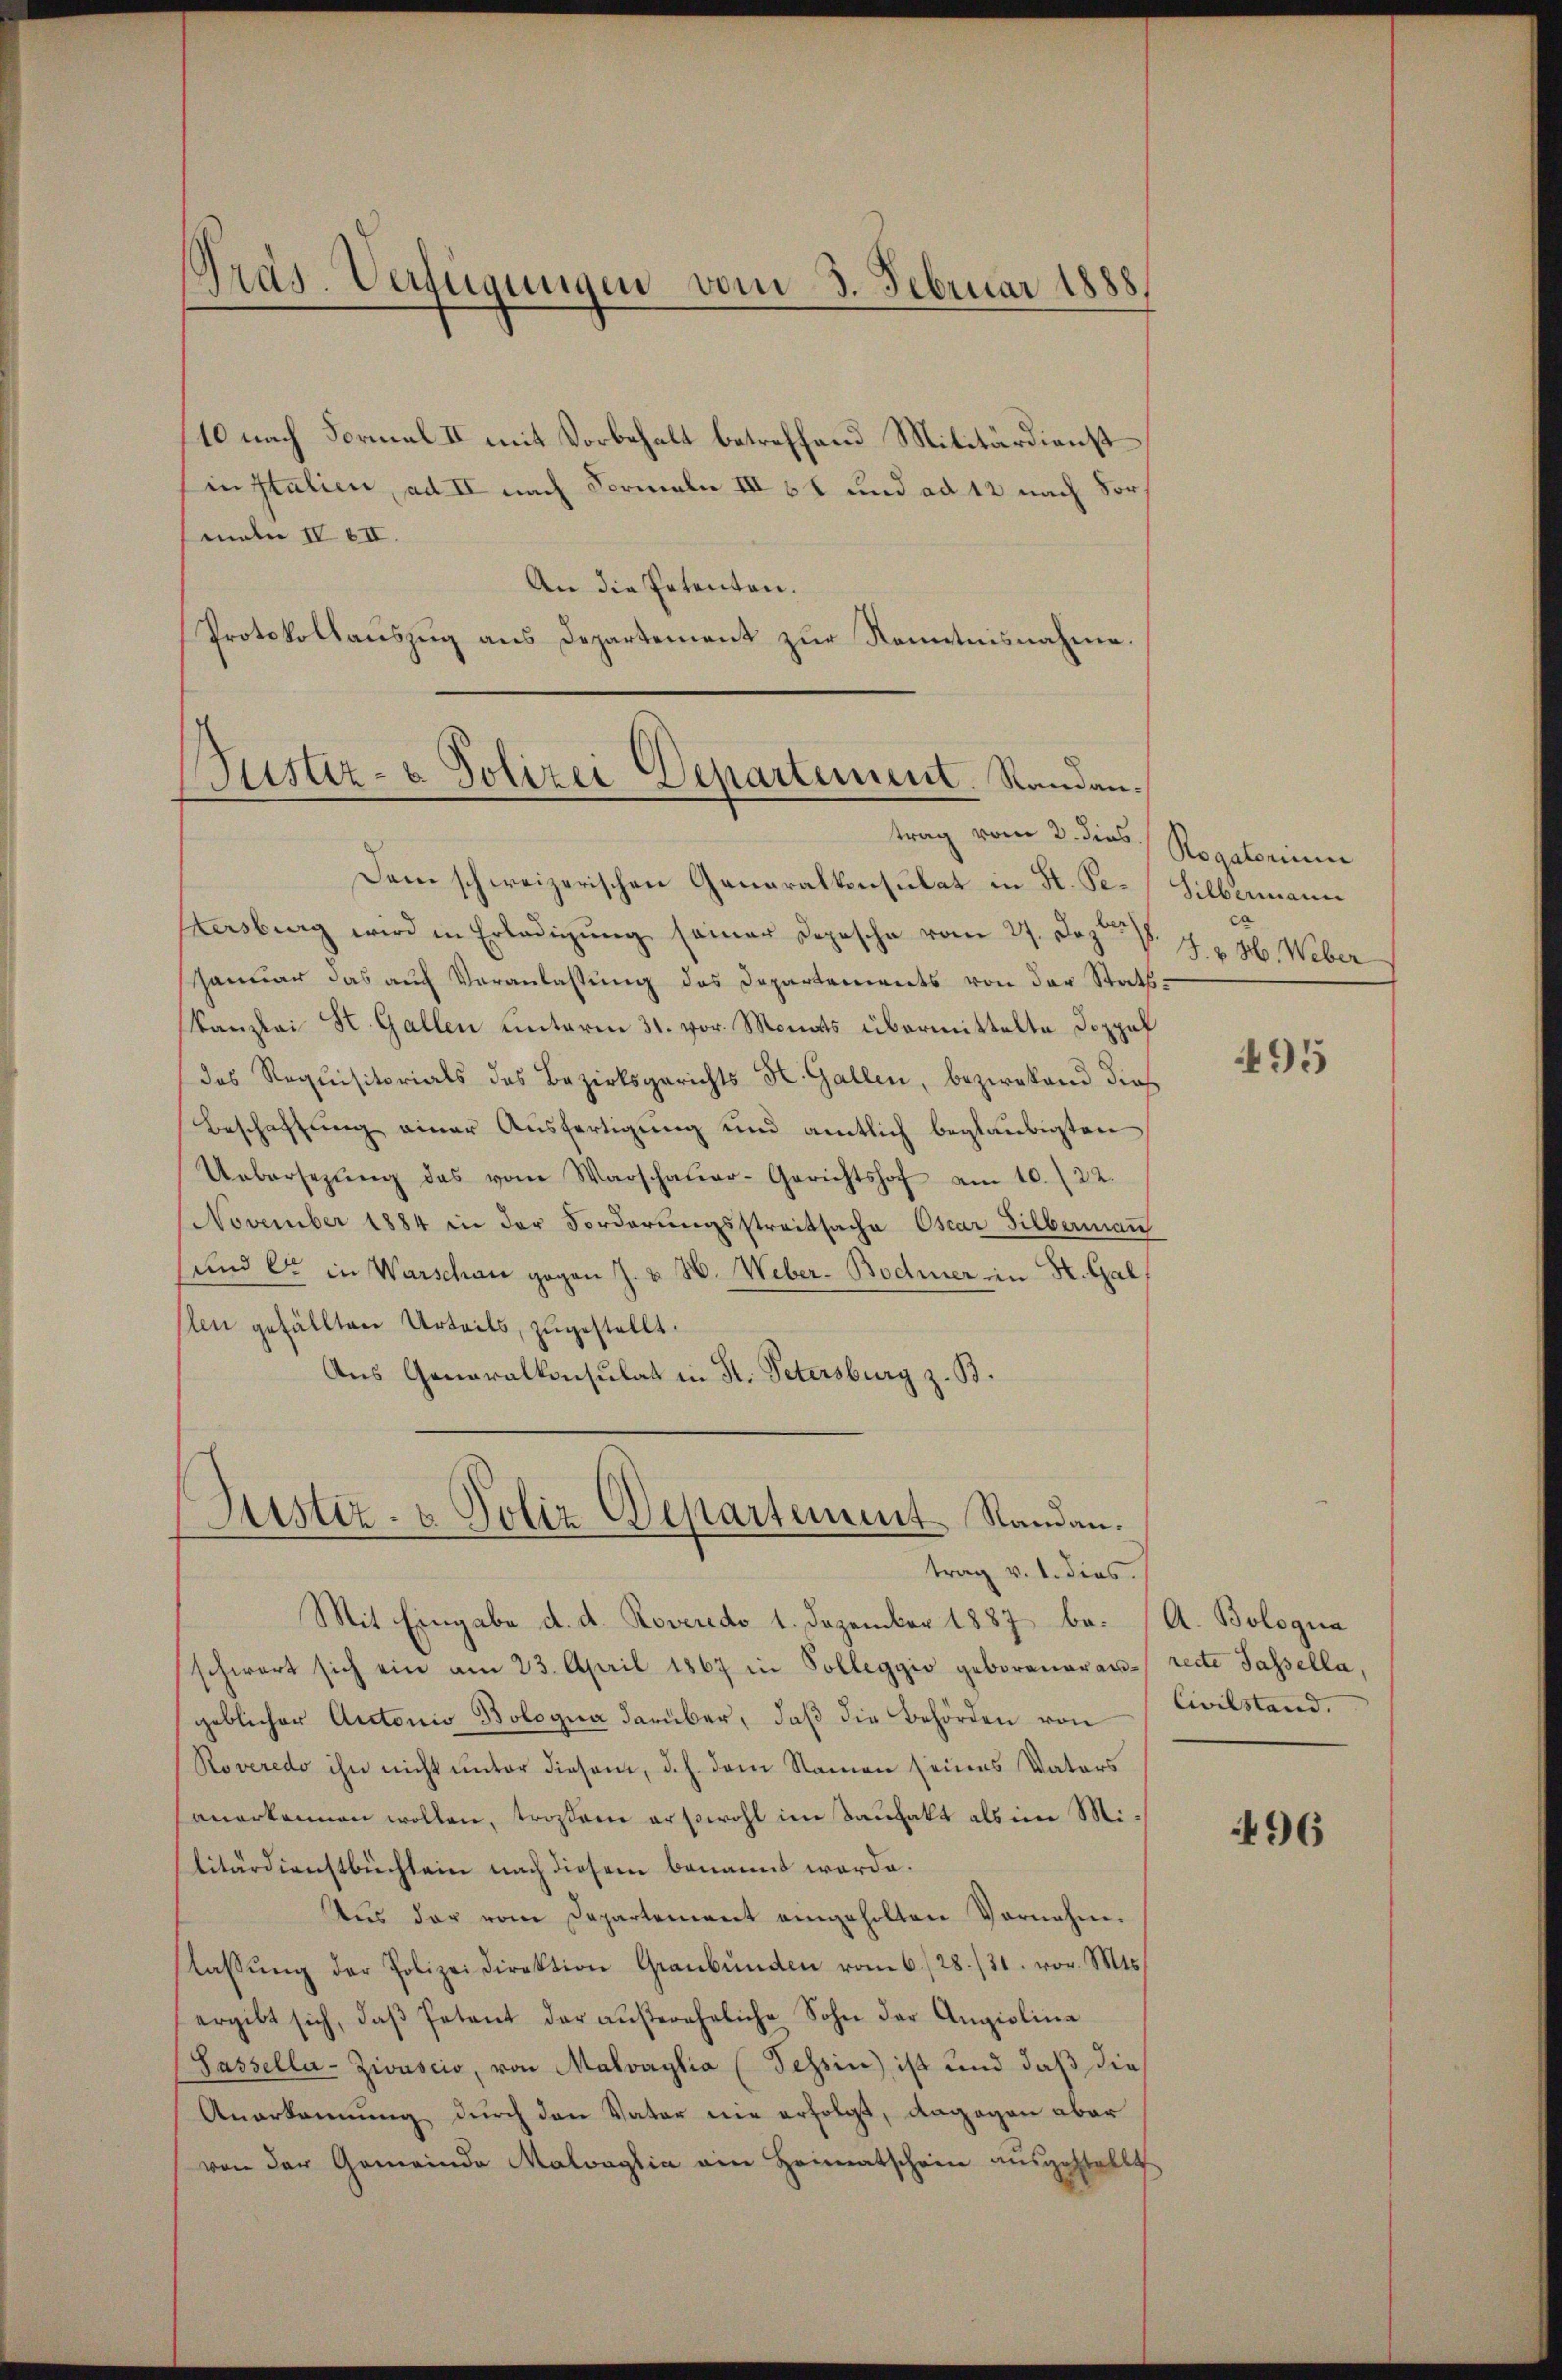
Präs. Verfügungen vom 3. Februar 1888.

10 nach Formal II mit Vorbehalt betreffend Militärdienst
in Italien, ad II nach Formale III 61 und ad 12 nach Vormaln IV EII.
An die Petenten.
Protokollauszug aus Departement zur Kenntnisnahme.

Bustiz- & Polizei Departement. Randan¬

Justiz- & Poliz Departement Randau.
trag v. 1. dies
Mit Eingabe d. d. Roveredo 1. Dezember 1887 be- (A. Bologna

Dem schweizerischen Generalkonsulat in H. Pe-Silbermann
tersburg wird in Erledigŭng seiner Depesche vom 27. Jezt §. 7. v. H. Weber
Januar das aŭf Veranlassŭng des Departements von der Statt-
kanzlei St. Gallen hinterm 31. vor. Monats übermittelte Doppel
das Requisitorials des Bezirksgerichts St. Gallen, bezwekend dies
Beschaftung einer Ausfertigung und amtlich beglaubigten
Uebersezŭng das vom Warschaŭer-Gerichtshof am 10. 22.
November 1884 in der Forderŭngsstreitsache Oscar Silbermann
sund er in Warschau gegen J. v. W. Weber-Bodmer in H. Gal
len gefällten Urteils, zugestellt.
Aus Generalkonsulat in St. Petersburg z. B.

trag vom 2. dies Rogatorium

schwert sich ein am 23. April 1867 in Solleggio geboreneran recte Tassella,
geblicher Autonio Bologna darüber, daβ die Behörden von
Roveredo ihn nicht unter diesem, d. h. dem Namen seines Vaters
anerkennen wollen, trosame er sowohl im Taufakt als im Militärdienstbuchtein nach diesem benannt werde.
Aus der vom Departement eingeholten Vornahm.
lassŭng der Polizeidirektion Graubünden vom 6./28./31. vor. Mts.
ergibt sich, daβ Petent der außereheliche Sohn der Angiolina
Passella-Zivuscio, von Malvaylia (Tessin ist und daß die
Anerkennung durch den Vater nie erfolgt, dagegen aber
von der Gemeinde Malvaglia ain Heimatschein ausgestellt

495

Civilstand.

496